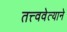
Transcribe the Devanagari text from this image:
तत्त्ववेत्याने